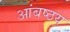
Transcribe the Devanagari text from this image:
आंबष्ठय